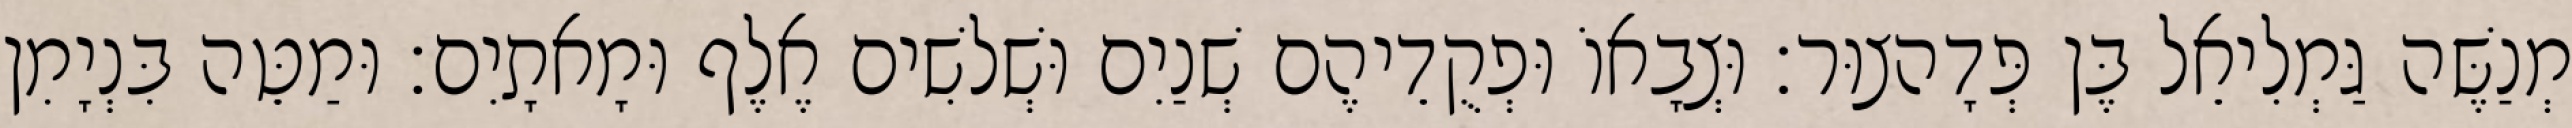
מְנַשֶּׁה גַּמְלִיאֵל בֶּן פְּדָהצוּר׃ וּצְבָאוֹ וּפְקֻדֵיהֶם שְׁנַיִם וּשְׁלשִׁים אֶלֶף וּמָאתָיִם׃ וּמַטֵּה בִּנְיָמִן